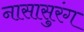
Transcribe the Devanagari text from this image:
नासासुरंग